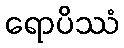
ရောပိဿံ